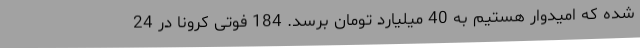
شده که امیدوار هستیم به 40 میلیارد تومان برسد. 184 فوتی کرونا در 24